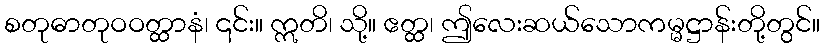
စတုဓာတုဝဝတ္ထာနံ၊ ၎င်း။ ဣတိ၊ သို့။ ဧတ္ထ၊ ဤလေးဆယ်သောကမ္မဋ္ဌာန်းတို့တွင်။